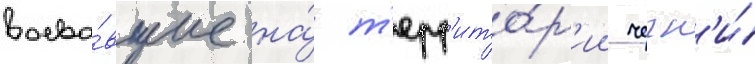
воева́вшие на́ т'ерр'ито́р'ии чечн'и́